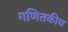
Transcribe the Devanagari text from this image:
गणितकीय